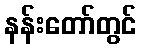
နန်းတော်တွင်